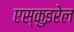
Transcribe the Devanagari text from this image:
एस्कुइरेल